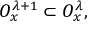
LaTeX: { \cal O } _ { x } ^ { \lambda + 1 } \subset { \cal O } _ { x } ^ { \lambda } ,